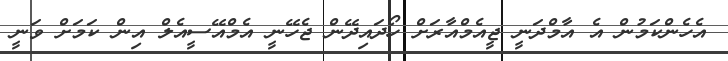
އެހެންކަމުން އެ އާމްދަނީ ޖީއެމްއާރަށް ހޯދައިދޭން ޖެހޭނީ އެމްއޭސީއެލް އިން ކަމަށް ވަނީ